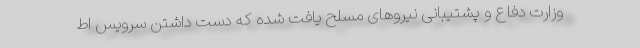
وزارت دفاع و پشتیبانی نیروهای مسلح یافت شده که دست داشتن سرویس اط